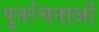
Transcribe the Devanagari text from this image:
पुनर्रचनाओं